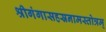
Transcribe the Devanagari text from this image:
श्रीगंगासहस्रनामस्तोत्रम्